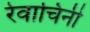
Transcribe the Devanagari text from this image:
रेवाचिनी